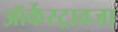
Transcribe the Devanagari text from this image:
ऑर्केस्ट्रावजा